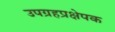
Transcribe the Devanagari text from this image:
उपग्रहप्रक्षेपक